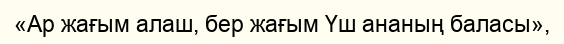
«Ар жағым алаш, бер жағым Үш ананың баласы»,